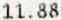
11.88